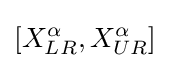
[X_{LR}^{\alpha },X_{UR}^{\alpha }]